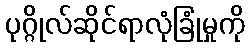
ပုဂ္ဂိုလ်ဆိုင်ရာလုံခြုံမှုကို